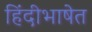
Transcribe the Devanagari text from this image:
हिंदीभाषेत